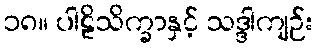
၁၈။ ပါဠိသိက္ခာနှင့် သဒ္ဒါကျဉ်း